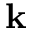
{ \bf k }